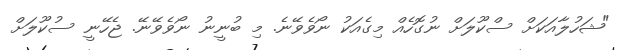
"ޝަހުލާއަކަށް ސްކޫލަށް ނުގޮހެއް މިގެއަކު ނޯވެވޭނެ. މި ބުނީނު ނޯވެވޭނޭ. ޖެހޭނީ ސުކޫލަށް